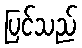
ပြင်သည်